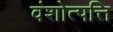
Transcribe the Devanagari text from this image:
वंशोत्पत्ति